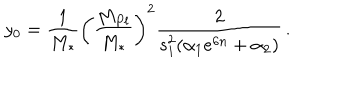
LaTeX: y _ { 0 } = { \frac { 1 } { M _ { * } } } \left( \frac { M _ { P l } } { M _ { * } } \right) ^ { 2 } { \frac { 2 } { s _ { 1 } ^ { 2 } ( \alpha _ { 1 } e ^ { 6 n } + \alpha _ { 2 } ) } } \, .